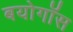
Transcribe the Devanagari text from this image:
बयोगॉस